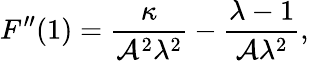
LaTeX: F^{\prime\prime}(1)=\frac{\kappa}{\mathcal{A}^{2}\lambda^{2}}-\frac{\lambda-1}{\mathcal{A}\lambda^{2}},